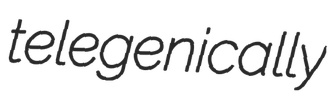
telegenically